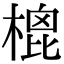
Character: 㮰